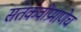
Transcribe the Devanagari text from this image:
संतकवींप्रमाणेच